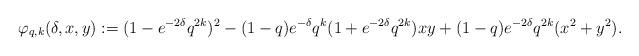
LaTeX: \begin{align*}\varphi_{q,k}(\delta,x,y) := (1-e^{-2\delta}q^{2k})^2 - (1-q)e^{-\delta}q^k(1+e^{-2\delta}q^{2k})xy + (1-q)e^{-2\delta}q^{2k}(x^2+y^2).\end{align*}